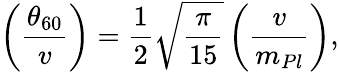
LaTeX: \left(\frac{\theta_{60}}{v}\right)={\frac{1}{2}}\sqrt{\frac{\pi}{15}}\left(\frac{v}{m_{Pl}}\right),